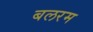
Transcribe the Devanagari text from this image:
बलरम